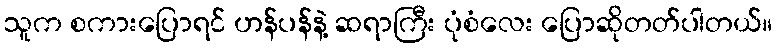
သူက စကားပြောရင် ဟန်ပန်နဲ့ ဆရာကြီး ပုံစံလေး ပြောဆိုတတ်ပါတယ်။